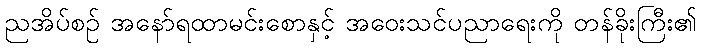
ညအိပ်စဉ် အနော်ရထာမင်းစောနှင့် အဝေးသင်ပညာရေးကို တန်ခိုးကြီး၏